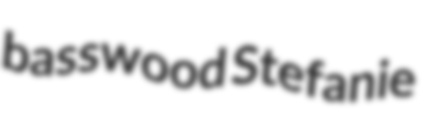
basswood Stefanie